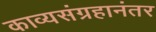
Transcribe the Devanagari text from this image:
काव्यसंग्रहानंतर